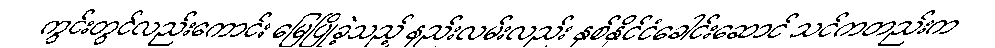
ကွင်းတွင်လည်းကောင်း မြေပြိုခဲ့သည့် နည်းလမ်းလည်း နှစ်နိုင်ငံခေါင်းဆောင် သင်ကတည်းက